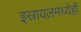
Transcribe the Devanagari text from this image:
इस्रायलमध्येही